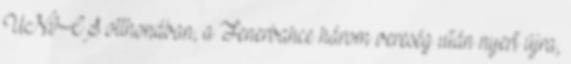
UNICS otthonában, a Fenerbahce három vereség után nyert újra,